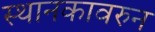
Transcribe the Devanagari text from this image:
स्थानकावरुन